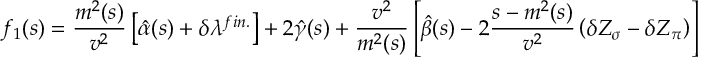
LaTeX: f _ { 1 } ( s ) = \frac { m ^ { 2 } ( s ) } { v ^ { 2 } } \left[ \hat { \alpha } ( s ) + \delta \lambda ^ { f i n . } \right] + 2 \hat { \gamma } ( s ) + \frac { v ^ { 2 } } { m ^ { 2 } ( s ) } \left[ \hat { \beta } ( s ) - 2 \frac { s - m ^ { 2 } ( s ) } { v ^ { 2 } } \left( \delta Z _ { \sigma } - \delta Z _ { \pi } \right) \right]